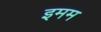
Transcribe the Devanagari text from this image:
इमम